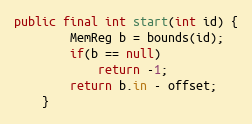
Language: Java
public final int start(int id) {
        MemReg b = bounds(id);
        if(b == null)
            return -1;
        return b.in - offset;
    }